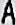
A